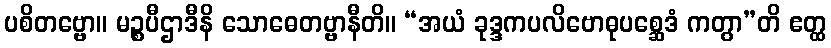
ပစိတဗ္ဗော။ မဉ္စပီဌာဒီနိ သောဓေတဗ္ဗာနီတိ။ “အယံ ခုဒ္ဒကပလိဗောဓုပစ္ဆေဒံ ကတွာ”တိ ဧတ္ထ